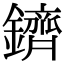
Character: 鑇